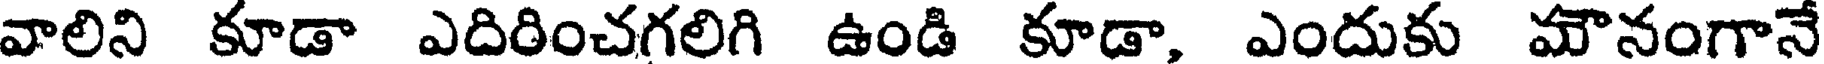
వాలిని కూడా ఎదిరించగలిగి ఉండి కూడా, ఎందుకు మౌనంగానే